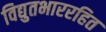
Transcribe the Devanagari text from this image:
विद्युतभाररहित